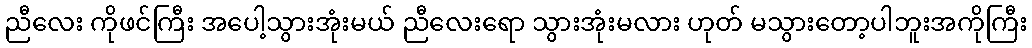
ညီလေး ကိုဖင်ကြီး အပေါ့သွားအုံးမယ် ညီလေးရော သွားအုံးမလား ဟုတ် မသွားတော့ပါဘူးအကိုကြီး